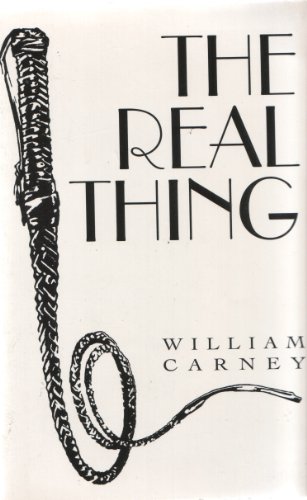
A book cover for The Real Thing; William Carney; Romance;